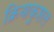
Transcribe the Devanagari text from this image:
क्रियाकुशल